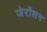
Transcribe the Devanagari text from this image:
जेरोंशन